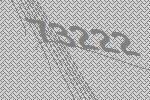
73222